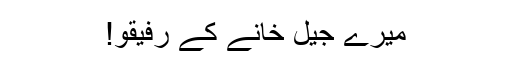
میرے جیل خانے کے رفیقو!